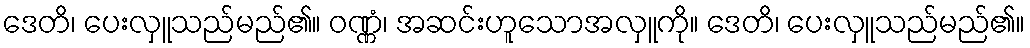
ဒေတိ၊ ပေးလှူသည်မည်၏။ ဝဏ္ဏံ၊ အဆင်းဟူသောအလှူကို။ ဒေတိ၊ ပေးလှူသည်မည်၏။